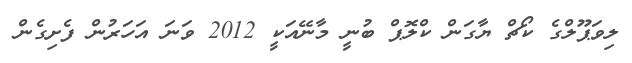
ލިވަޕޫލްގެ ކޯޗް ޔާގަން ކްލޮޕް ބުނީ މާނޭއަކީ 2012 ވަނަ އަހަރުން ފެށިގެން